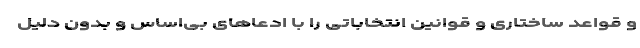
و قواعد ساختاری و قوانین انتخاباتی را با ادعاهای بی‌اساس و بدون دلیل